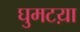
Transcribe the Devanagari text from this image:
घुमटय़ा